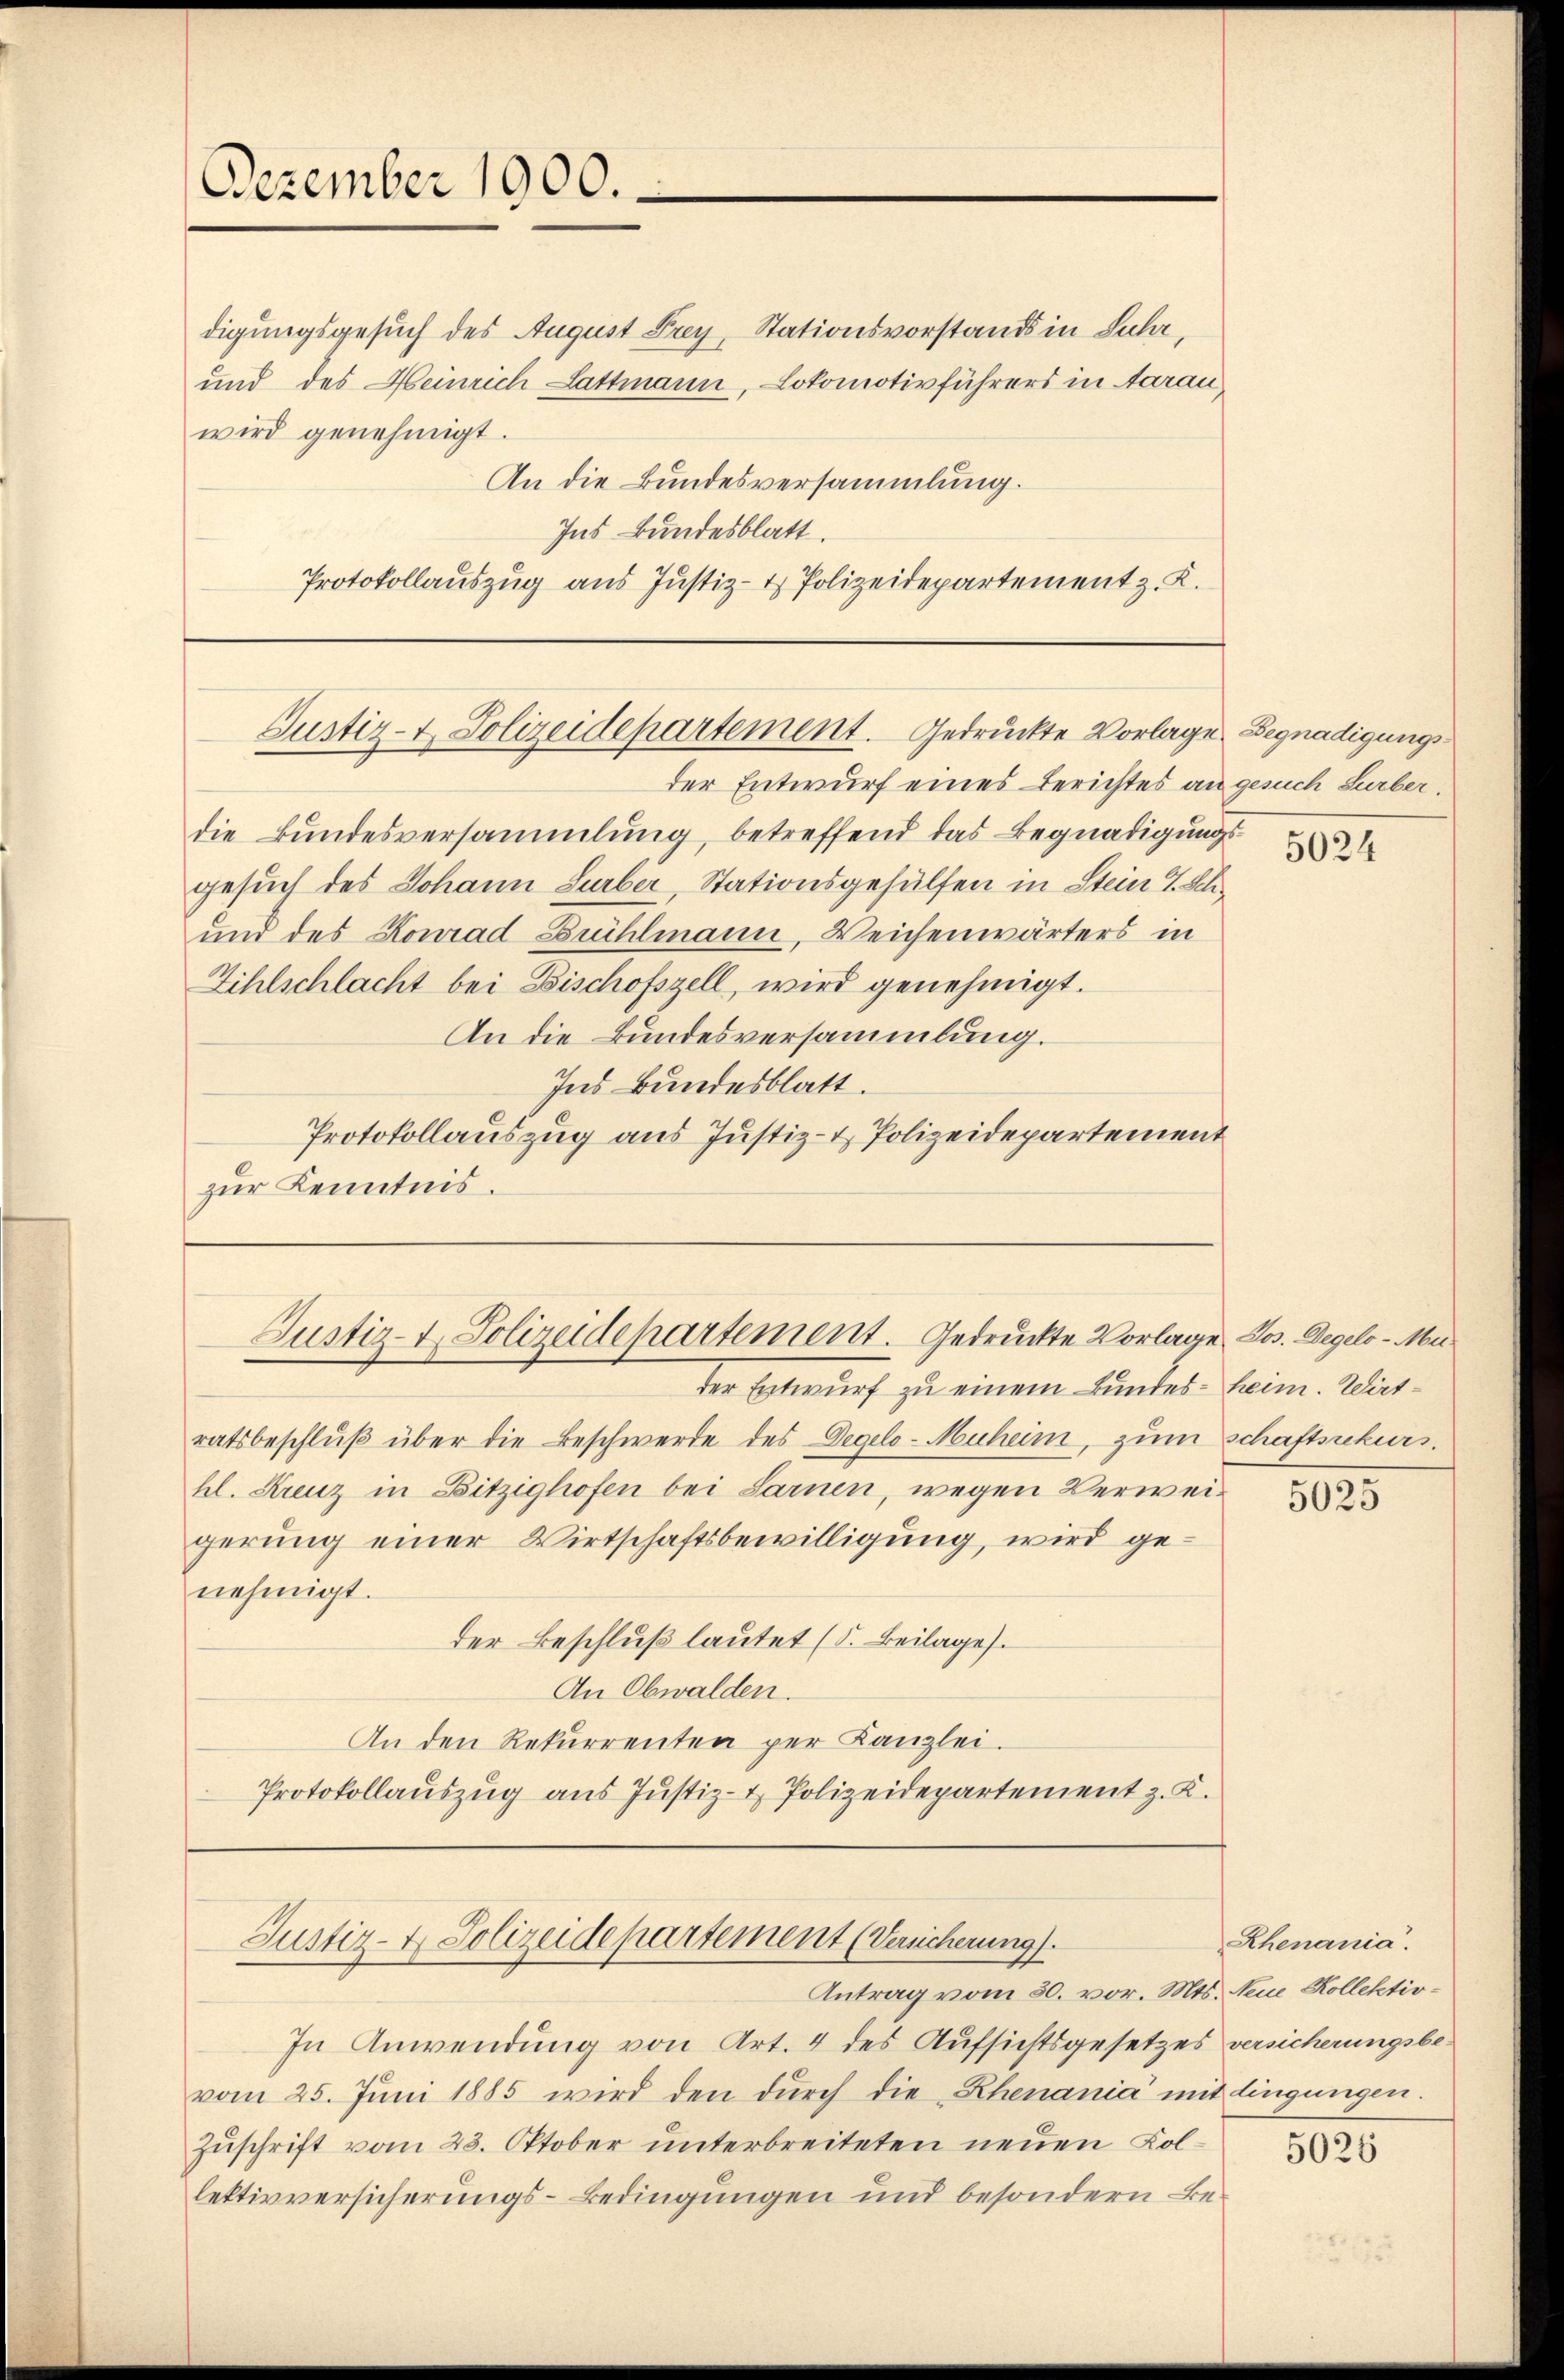
Dezember 1900.

digungsgesuch des August Frey, Stationsvorstands in Luhr,
und des Heinrich Lattmann, Lokomotivführers in Aarau
wird genehmigt.
An die Bundesversammlung.
Ins Bundesblatt.
Protokollauszug aus Justiz- & Polizeidepartement z. K.

Justiz- & Polizeidepartement. Gedruckte Vorlage Begnadigungs¬

der Entwurf eines Berichtes an gesuch Surber.
die Bundesversammlung, betreffend das Begnadigungs-
gesuch des Johann Surber, Stationsgehülfen in Stein 7. Eli¬
und des Konrad Brühlmann, Weichenwärters in
Zihlschlacht bei Bischofszell, wird genehmigt.
An die Bundesversammlung.
Ind Bundesblatt.
Protokollauszug aus Justiz- & Polizeidepartement
zur Kenntnis.

der Entwurf zu einem Bundes heim. Wirt-
ratsbeschlŭβ über die Beschwerde des Degelo-Muheim, zum schaftsekurs.
hl. Kreuz in Bitzighofen bei Sarnen, wegen Verweigerung einer Wirtschaftsbewilligung, wird genehmigt.
der Beschluß lautet (S. Beilage).
An Obwalden.
An den Rekurrenten per Kanzlei.
Protokollaŭszŭg ans Justiz- & Polizeidepartement z. K.

Justiz- & Polizeidepartement. Gedruckte Vorlage Jos. Degelo-Mu¬

Justiz- & Polizeidepartement (Vereicherung).

Antrag vom 30. vor. Mts. Neue Kollektiv¬

In Anwendung von Art. 4 des Aufsichtsgesetzes versicherungsbe-
vom 25. Jŭni 1885 wird den dŭrch die Rhenania mit lingungen.
Zuschrift vom 23. Oktober unterbreiteten neuen Kollektivversicherungs-Bedingungen und besondern Be¬

5024

5025

Rhenania.

5026